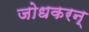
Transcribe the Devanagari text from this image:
जोधकरन्